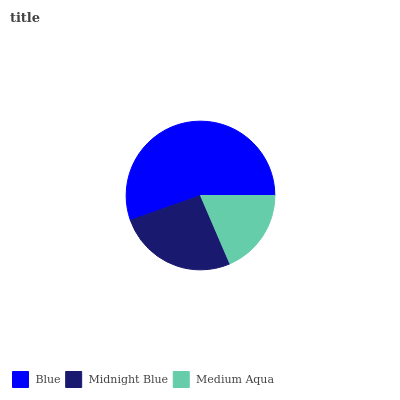
| Blue | Midnight Blue | Medium Aqua |
 | --- | --- | --- |
 | 55.4% | 26.1% | 18.5% |